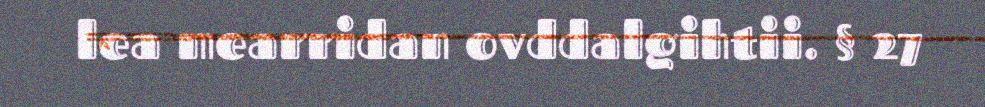
lea mearridan ovddalgihtii. § 27